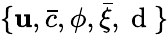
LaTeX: \{ {\mathbf u},\bar{c},\phi,\bar{\xi},\mathrm{~d~}\}